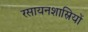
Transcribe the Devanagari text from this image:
रसायनशास्रियों